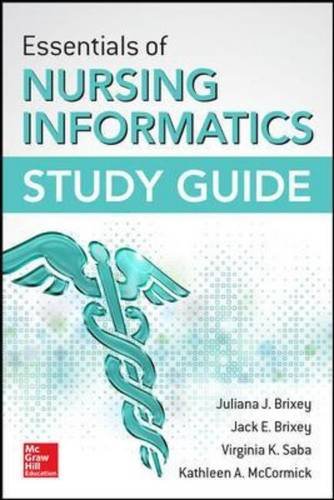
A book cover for Essentials of Nursing Informatics Study Guide; Juliana J. Brixey; Medical Books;